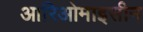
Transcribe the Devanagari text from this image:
आरिओमाइसीन